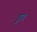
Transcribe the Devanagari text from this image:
पुंट